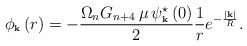
LaTeX: \begin{align*}\phi_{\mbox{\bf \tiny k}}\left( r\right) = -\frac{\Omega_n G_{n+4}\, \mu\, \psi^\star _{\mbox{\bf\tiny k}}\left( 0\right) }{2} \frac{1}{r} e^{-\frac{\left|\mbox{\tiny\bf k}\right|}{R}} .\end{align*}